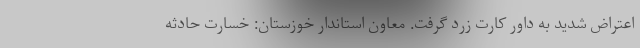
اعتراض شدید به داور کارت زرد گرفت. معاون استاندار خوزستان: خسارت حادثه